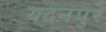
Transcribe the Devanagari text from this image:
यदनपुर